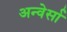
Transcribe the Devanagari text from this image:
अन्वेर्सा